Civil Veterinary Department Bihar reports 1936-40 - 1936-1940
Year: 1936
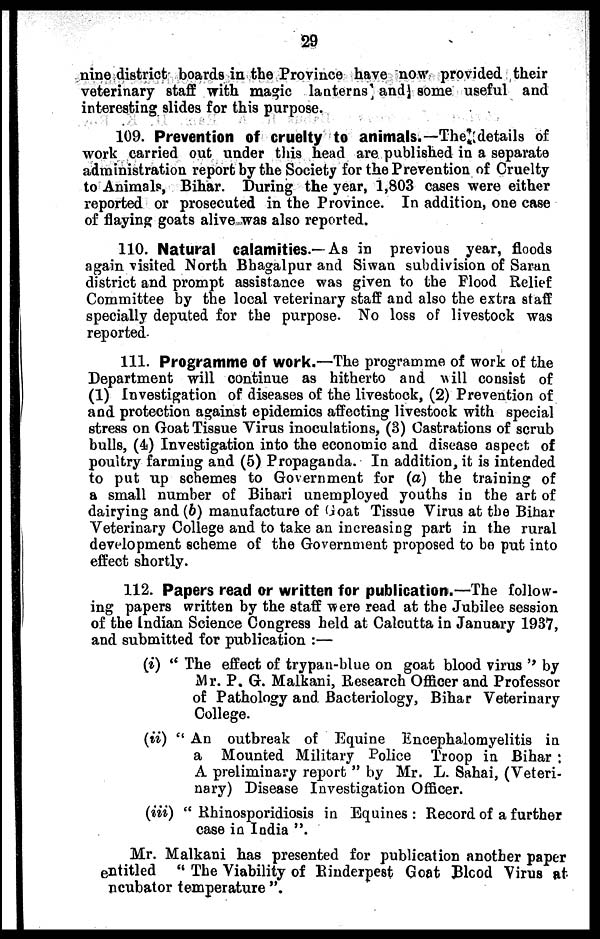
29
nine district boards in the Province have now provided their
veterinary staff with magic lanterns and some useful and
interesting slides for this purpose.
109. Prevention of cruelty to animals.—The details of
work carried out under this head are published in a separate
administration report by the Society for the Prevention of Cruelty
to Animals, Bihar. During the year, 1,803 cases were either
reported or prosecuted in the Province. In addition, one case
of flaying goats alive was also reported.
110. Natural calamities.—As in previous year, floods
again visited North Bhagalpur and Siwan subdivision of Saran
district and prompt assistance was given to the Flood Relief
Committee by the local veterinary staff and also the extra staff
specially deputed for the purpose. No loss of livestock was
reported.
111. Programme of work.—The programme of work of the
Department will continue as hitherto and will consist of
(1) Investigation of diseases of the livestock, (2) Prevention of
and protection against epidemics affecting livestock with special
stress on Goat Tissue Virus inoculations, (3) Castrations of scrub
bulls, (4) Investigation into the economic and disease aspect of
poultry farming and (5) Propaganda. In addition, it is intended
to put up schemes to Government for (a) the training of
a small number of Bihari unemployed youths in the art of
dairying and (6) manufacture of Goat Tissue Virus at the Bihar
Veterinary College and to take an increasing part in the rural
development scheme of the Government proposed to bo put into
effect shortly.
112. Papers read or written for publication.—The follow-
ing papers written by the staff were read at the Jubilee session
of the Indian Science Congress held at Calcutta in January 1937,
and submitted for publication:—
(i) "The effect of trypan-blue on goat blood virus" by
Mr. P. G. Malkani, Research Officer and Professor
of Pathology and Bacteriology, Bihar Veterinary
College.
(ii) "An outbreak of Equine Encephalomyelitis in
a Mounted Military Police Troop in Bihar:
A preliminary report" by Mr. L. Sahai, (Veteri-
nary) Disease Investigation Officer.
(iii) "Rhinosporidiosis
in Equines: Record of a further
case in India".
Mr. Malkani has presented for publication another paper
entitled "The Viability of Rinderpest Goat Blood Virus at
ncubator temperature".